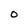
Character: O